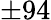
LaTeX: \pm 94